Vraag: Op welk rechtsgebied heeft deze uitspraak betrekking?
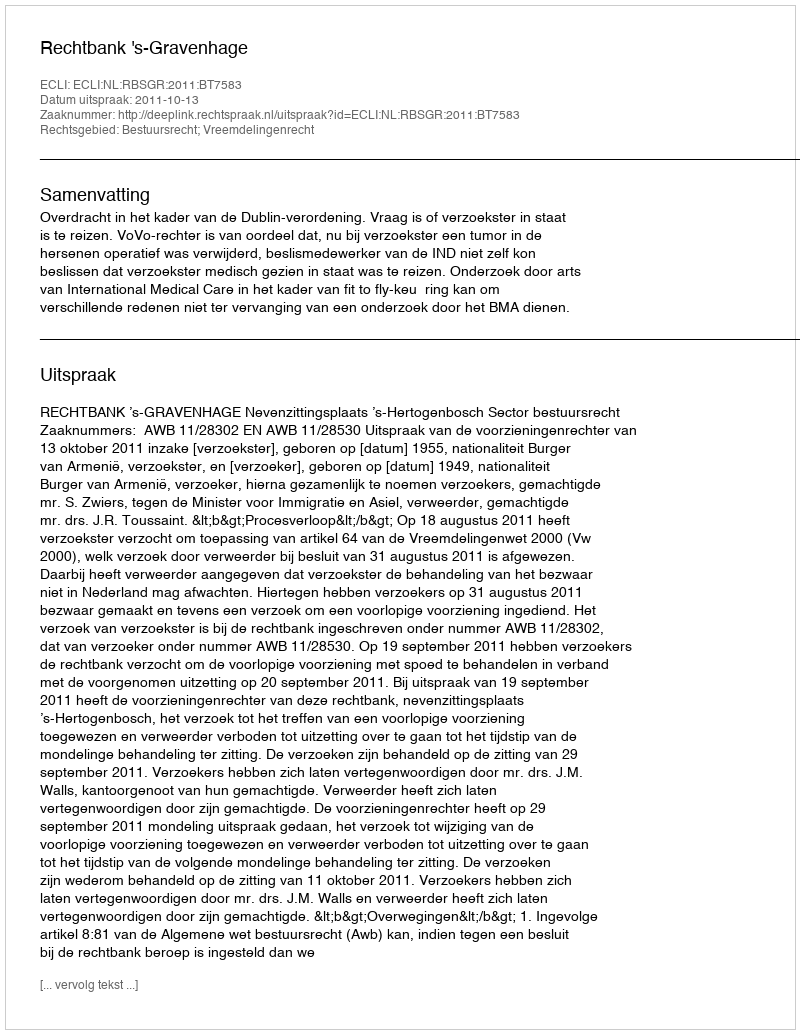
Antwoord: Bestuursrecht; Vreemdelingenrecht